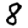
Digit: 8